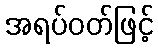
အရပ်ဝတ်ဖြင့်